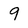
Character: 9